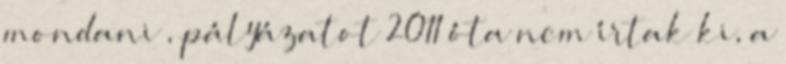
mondani , pályázatot 2011 óta nem írtak ki, a